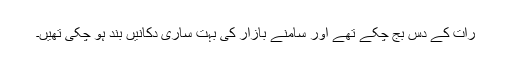
رات کے دس بج چکے تھے اور سامنے بازار کی بہت ساری دُکانیں بند ہو چکی تھیں۔